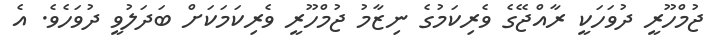
ޖުމްހޫރީ ދުވަހަކީ ރާއްޖޭގެ ވެރިކަމުގެ ނިޒާމު ޖުމްހޫރީ ވެރިކަމަކަށް ބަދަލުވީ ދުވަހެވެ. އެ